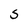
Character: S